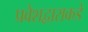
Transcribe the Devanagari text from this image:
प्रवेशद्वाराकडे